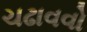
ચઢાવવો